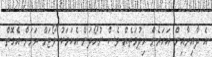
އެ ދާއިރާއިން އަހަރެން ހިދުމަތެއް ވެސް ނުހޯދަން އެކަމަކު ވޯޓަށް ރަށަށް އެގޮތް